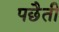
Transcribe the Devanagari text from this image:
पछैती